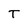
Character: T